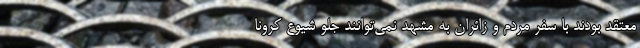
معتقد بودند با سفر مردم و زائران به مشهد نمی‌توانند جلو شیوع کرونا